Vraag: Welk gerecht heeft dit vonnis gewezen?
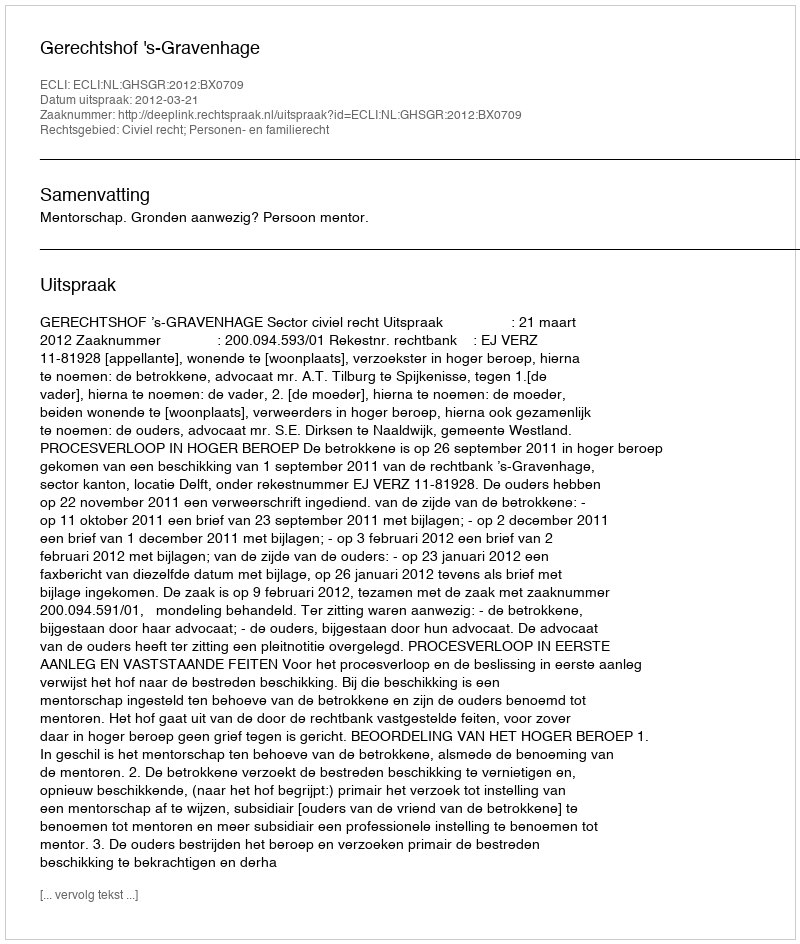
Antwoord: Gerechtshof 's-Gravenhage